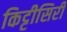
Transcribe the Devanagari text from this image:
किट्टीसिरी